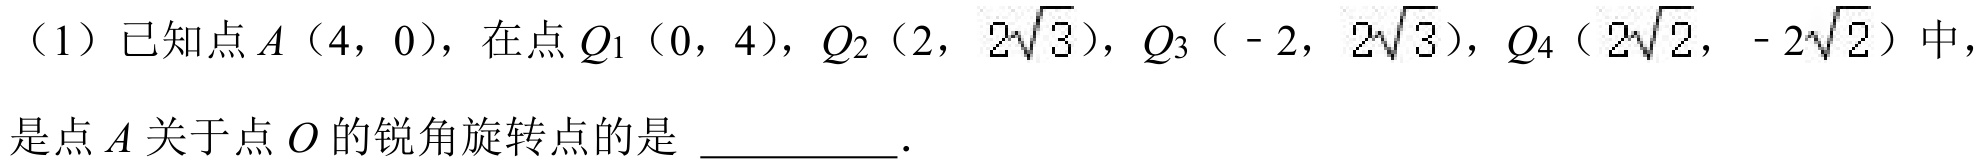
（1）已知点\(A(4,0)\)，在点\(Q_1(0,4)\)，\(Q_2(2,2\sqrt{3})\)，\(Q_3(-2,2\sqrt{3})\)，\(Q_4(2\sqrt{2},- 2\sqrt{2})\)中，
是点\(A\)关于点\(O\)的锐角旋转点的是 \underline{\quad\quad}.